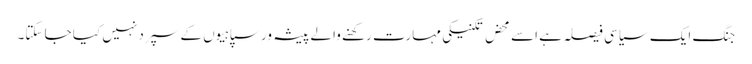
جنگ ایک سیاسی فیصلہ ہے اسے محض تکنیکی مہارت رکھنے والے پیشہ ور سپاہیوں کے سپرد نہیں کیا جا سکتا۔